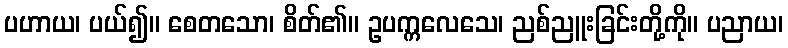
ပဟာယ၊ ပယ်၍။ စေတသော၊ စိတ်၏။ ဥပက္ကလေသေ၊ ညစ်ညူးခြင်းတို့ကို။ ပညာယ၊